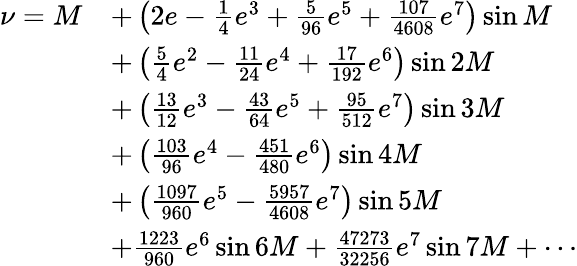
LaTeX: {\begin{array}{rl}{\nu=M}&{+\left(2e-{\frac{1}{4}}e^{3}+{\frac{5}{96}}e^{5}+{\frac{107}{4608}}e^{7}\right)\sin M}\\ &{+\left({\frac{5}{4}}e^{2}-{\frac{11}{24}}e^{4}+{\frac{17}{192}}e^{6}\right)\sin 2M}\\ &{+\left({\frac{13}{12}}e^{3}-{\frac{43}{64}}e^{5}+{\frac{95}{512}}e^{7}\right)\sin 3M}\\ &{+\left({\frac{103}{96}}e^{4}-{\frac{451}{480}}e^{6}\right)\sin 4M}\\ &{+\left({\frac{1097}{960}}e^{5}-{\frac{5957}{4608}}e^{7}\right)\sin 5M}\\ &{+{\frac{1223}{960}}e^{6}\sin 6M+{\frac{47273}{32256}}e^{7}\sin 7M+\cdots}\end{array}}